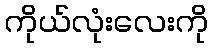
ကိုယ်လုံးလေးကို